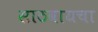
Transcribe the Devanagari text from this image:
साठवायचा